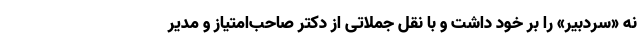
نه «سردبیر» را بر خود داشت و با نقل جملاتی از دکتر صاحب‌امتیاز و مدیر